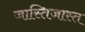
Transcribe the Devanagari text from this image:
जास्तिजास्त